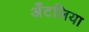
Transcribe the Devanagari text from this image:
अँटलिया